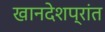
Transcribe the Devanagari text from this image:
खानदेशप्रांत